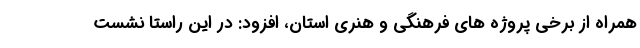
همراه از برخی پروژه های فرهنگی و هنری استان، افزود: در این راستا نشست